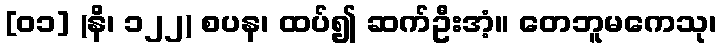
[၀၁] (နိ၊ ၁၂၂) စပန၊ ထပ်၍ ဆက်ဦးအံ့။ တေဘူမကေသု၊